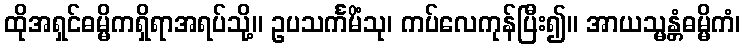
ထိုအရှင်ဓမ္မိကရှိရာအရပ်သို့။ ဥပသင်္ကမိံသု၊ ကပ်လေကုန်ပြီး၍။ အာယသ္မန္တံဓမ္မိကံ၊